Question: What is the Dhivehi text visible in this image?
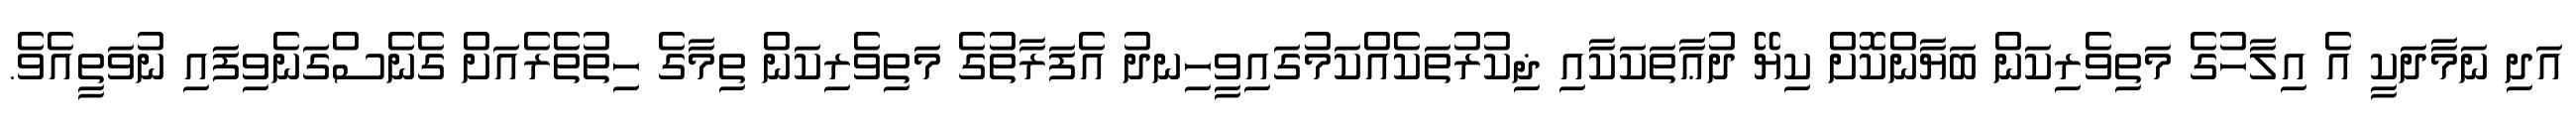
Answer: އަދި ނަމާދަކީ އެ އިލާހުގެ މަތިވެރިކަން ބަޔާންކޮށް ކިޔޭ ދުޢާތަކަކާއި ޛިކުރުތަކެއްކަމުގައިވީހިނދު އެފަރާތުގެ މަތިވެރިކަން ތިމާގެ ހިތުތެރެއަށް ގެނެސްގަނެވިފައި ނުވަތީއެވެ.